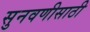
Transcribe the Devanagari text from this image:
सुनवणीसाठी